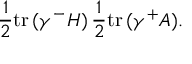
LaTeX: \frac { 1 } { 2 } \mathrm { t r } \, ( \gamma ^ { - } H ) \, \frac { 1 } { 2 } \mathrm { t r } \, ( \gamma ^ { + } A ) .